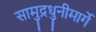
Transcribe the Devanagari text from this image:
सामुद्रधुनीमार्गे